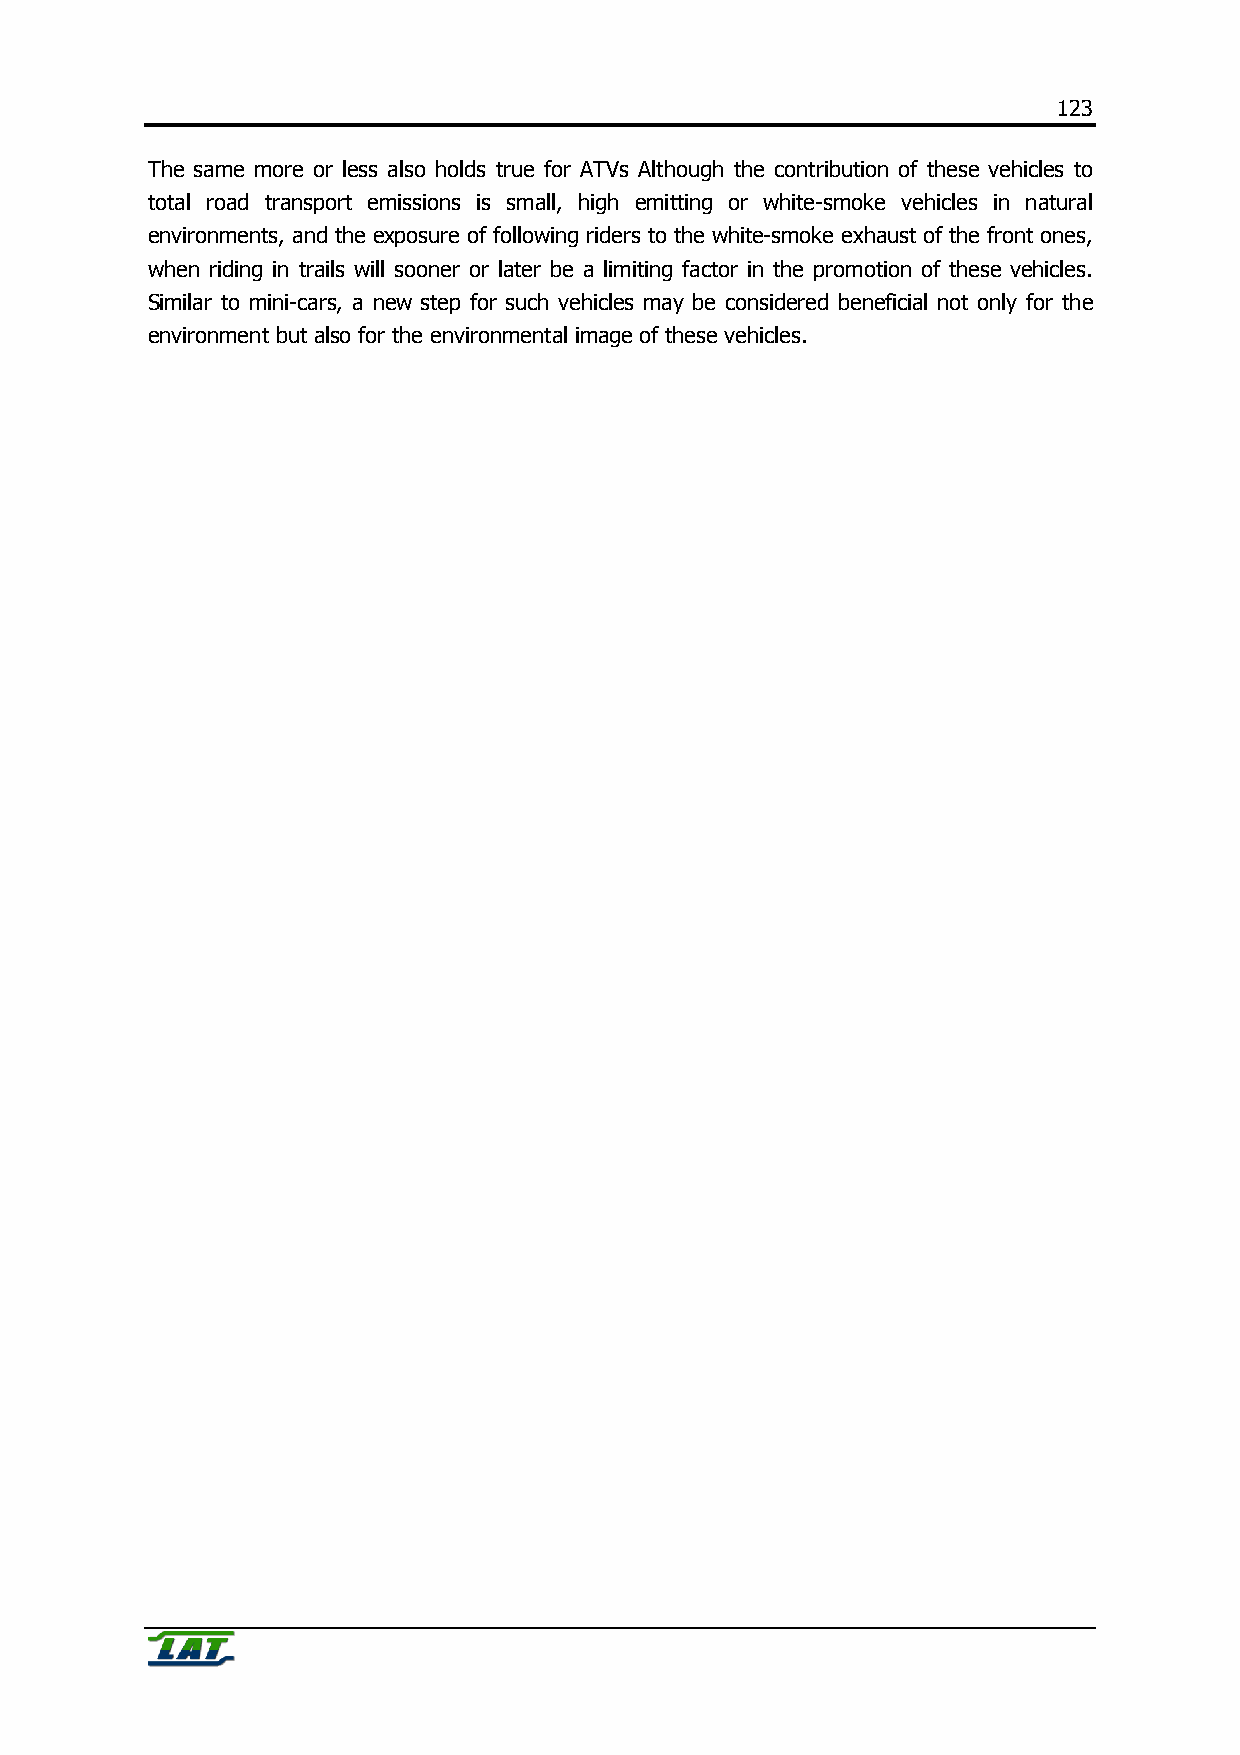
123
 The same more or less also holds true for ATVs Although the contribution of these vehicles to
 total road transport emissions is small, high emitting or white-smoke vehicles in natural
 environments, and the exposure of following riders to the white-smoke exhaust of the front ones,
 when riding in trails will sooner or later be a limiting factor in the promotion of these vehicles.
 Similar to mini-cars, a new step for such vehicles may be considered beneficial not only for the
 environment but also for the environmental image of these vehicles.